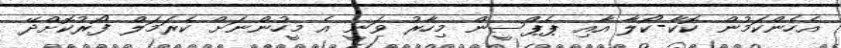
އެހެންކަމުން ކޮކާ-ކޯލާ އާއި ޕެޕްސީން މިހާރު ވަނީ އެ މީހުންނަށް ކެރަމަލް ފޯރުކޮށްދޭ